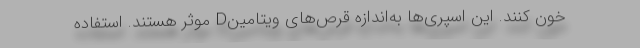
خون کنند. این اسپری‌ها به‌اندازه قرص‌های ویتامینD موثر هستند. استفاده